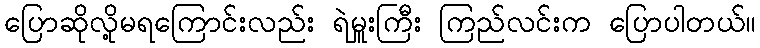
ပြောဆိုလို့မရကြောင်းလည်း ရဲမှူးကြီး ကြည်လင်းက ပြောပါတယ်။